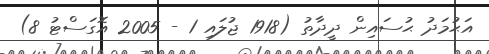
އަޙުމަދު ޙުސައިން ދީދާތު (1918 ޖުލައި 1 - 2005 އޮގަސްޓު 8)